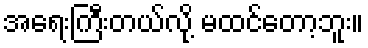
အရေးကြီးတယ်လို့ မထင်တော့ဘူး။